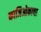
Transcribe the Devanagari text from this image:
काजिओकाचा